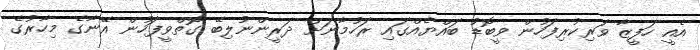
އެއީ ހަފީޒާ ވަރިކުރިފަހުން ވީބޮޑު ބައްޔެއްގައި ރަހުމާނަށް ދަރީންނުލިބޭ ގޮތްވީފަހުން އޭނާގެ މިހާރުގެ